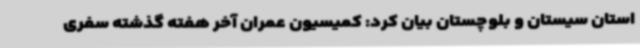
استان سیستان و بلوچستان بیان کرد: کمیسیون عمران آخر هفته گذشته سفری